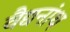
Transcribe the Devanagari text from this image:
वैद्यनांथ